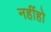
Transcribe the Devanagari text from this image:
नहींहो